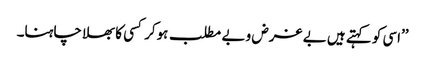
’’اسی کو کہتے ہیں بے غرض و بے مطلب ہوکر کسی کا بھلا چاہنا۔